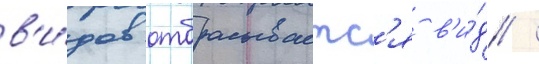
в'и́дов отбрасываетс'я в'и́д /